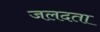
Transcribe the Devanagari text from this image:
जलदता